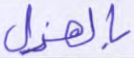
بالهزل